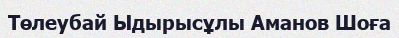
Төлеубай Ыдырысұлы Аманов Шоға